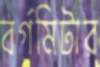
বর্গমিটার